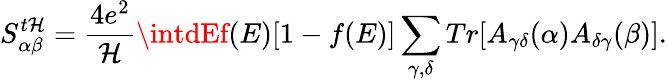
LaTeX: {S_{\alpha\beta}^{t\mathcal{H}}}=\frac{{4e^{2}}}{{\mathcal{H}}}\intdEf(E)[1-f(E)]\sum_{\gamma,\delta}Tr[A_{\gamma\delta}(\alpha)A_{\delta\gamma}(\beta)].